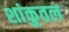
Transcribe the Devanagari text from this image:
शांकुतल